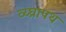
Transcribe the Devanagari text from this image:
व्य्घ्रापथ